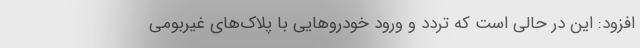
افزود: این در حالی است که تردد و ورود خودروهایی با پلاک‌های غیربومی